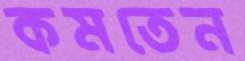
কমতেন